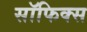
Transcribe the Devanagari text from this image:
सॉफिक्स